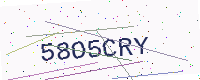
Text: 58O5CRY